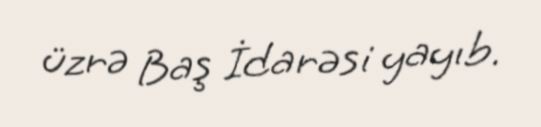
üzrə Baş İdarəsi yayıb.